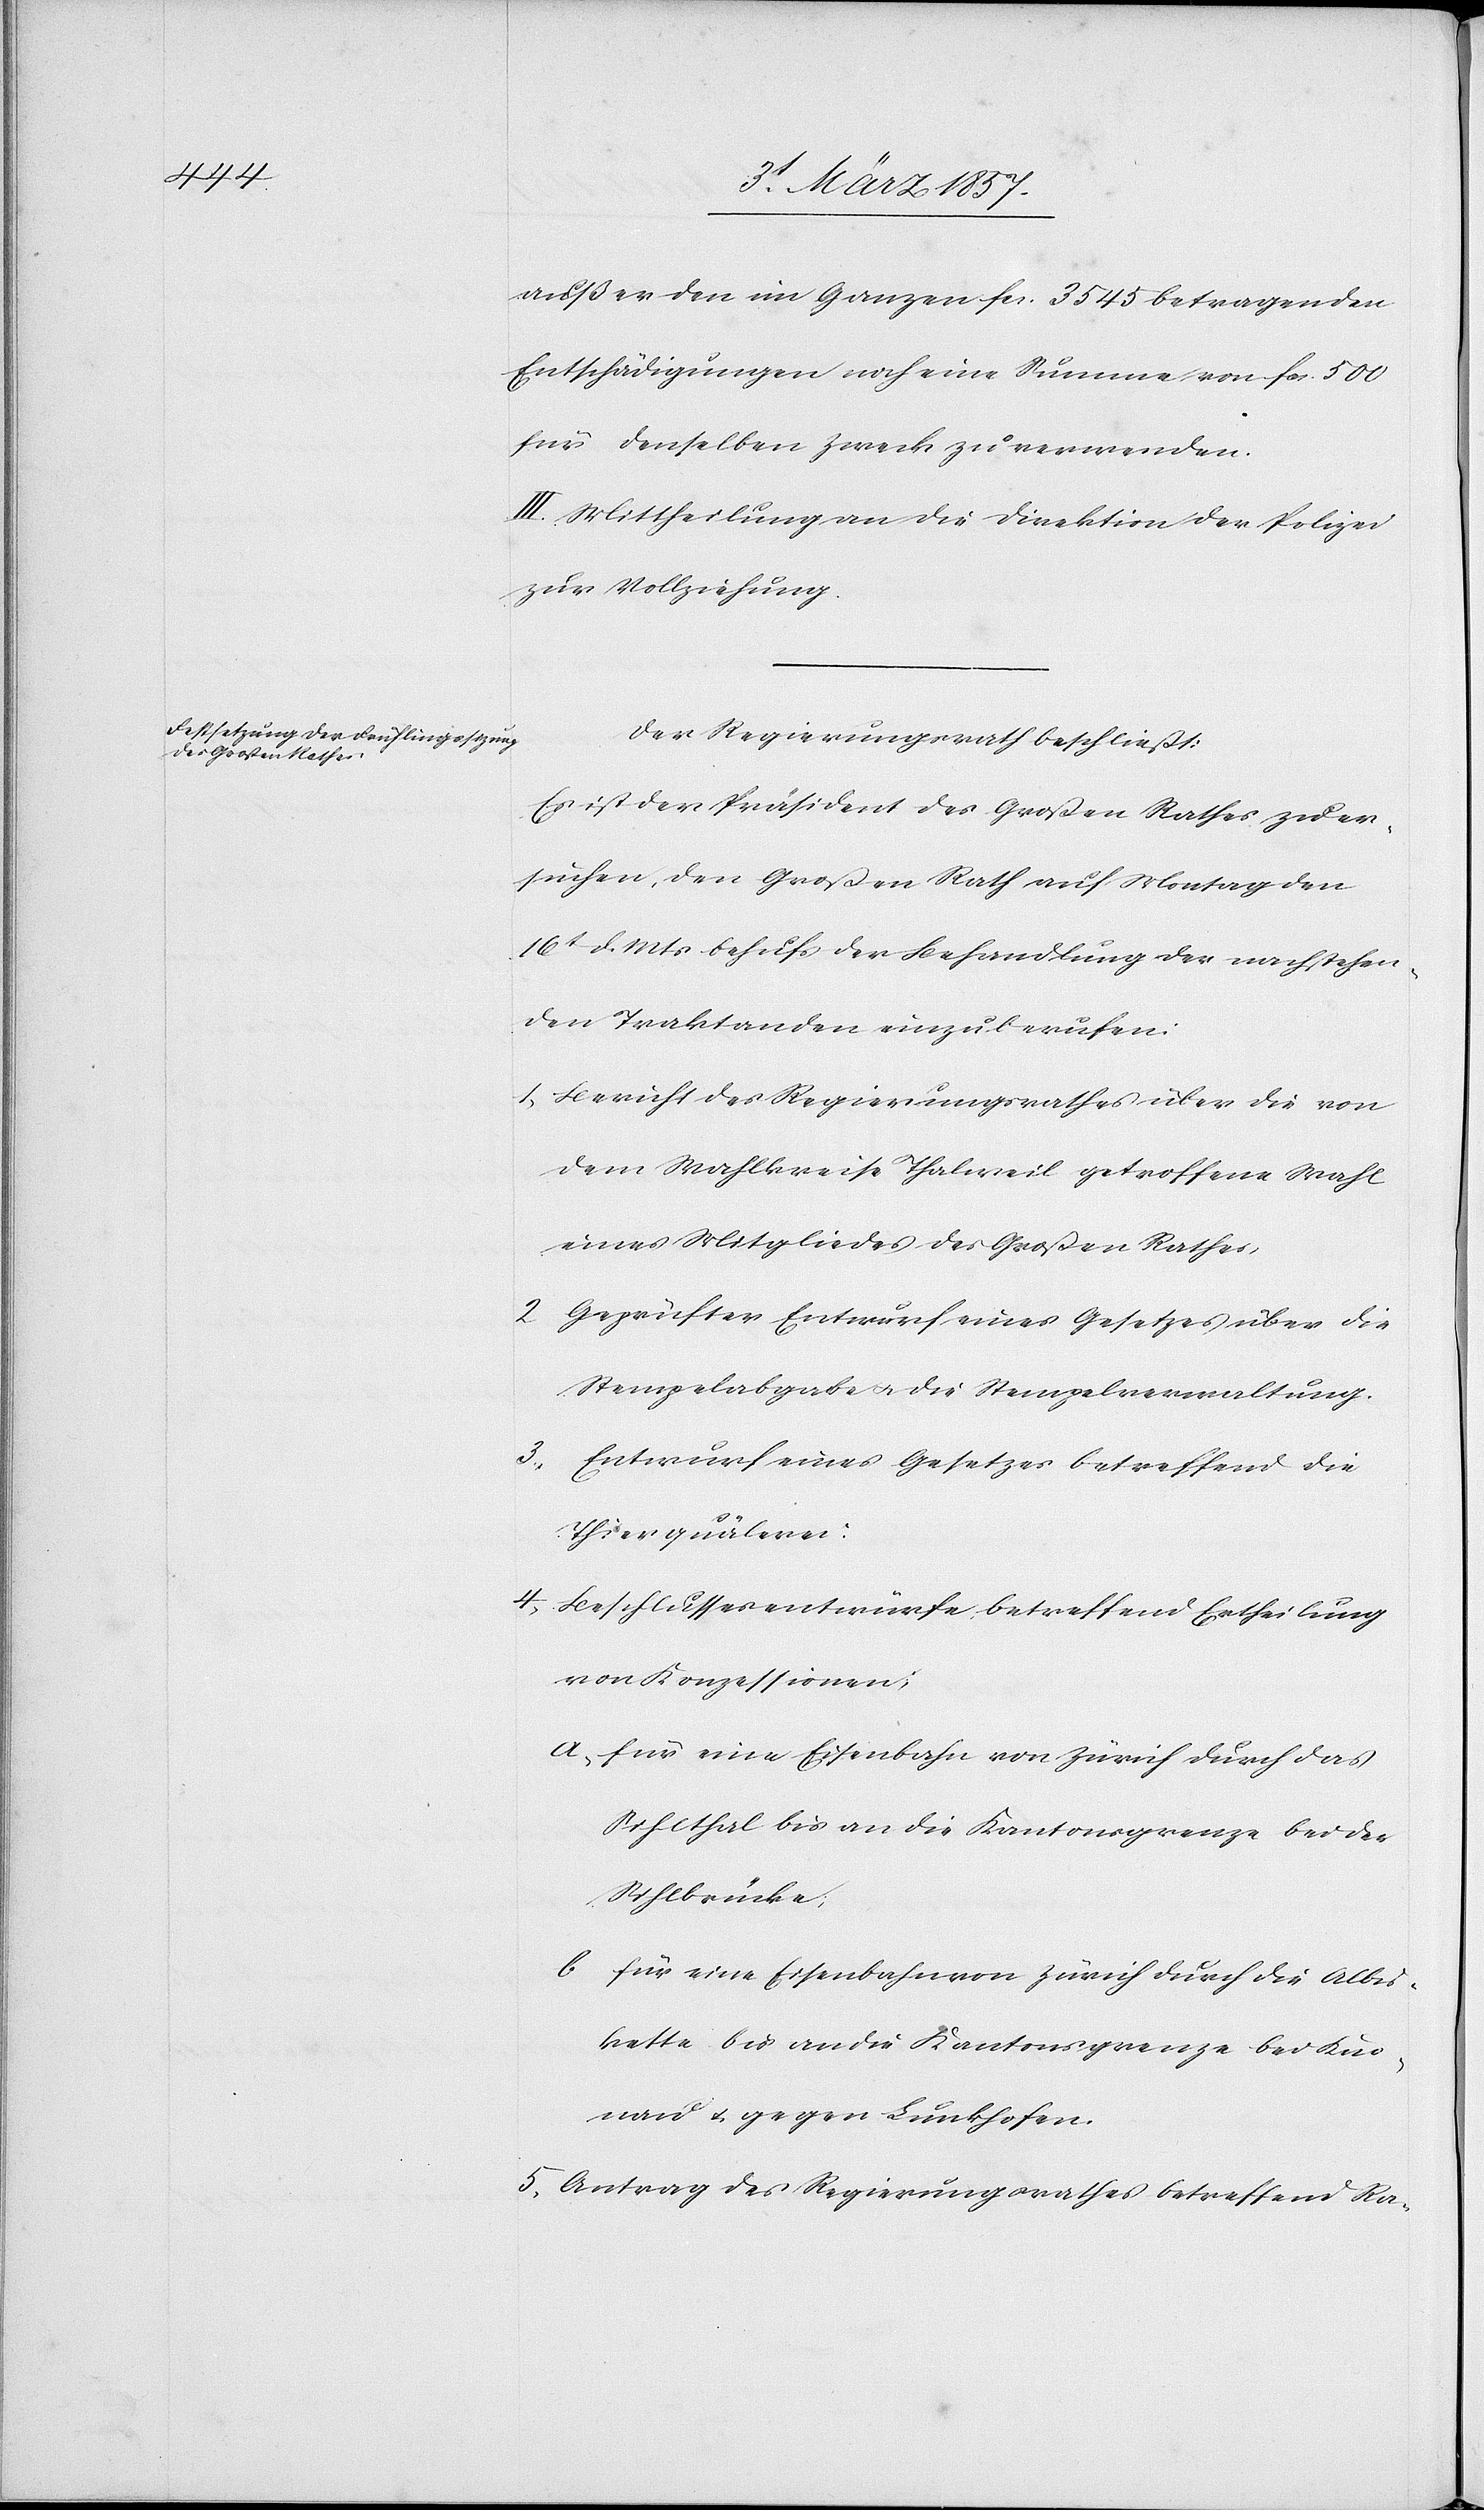
außer den im Ganzen fr. 3545 betragenden
Entschädigungen noch eine Summe von fr. 500
für denselben Zweck zu verwenden.
III. Mittheilung an die Direktion der Polizei
zur Vollziehung.
Der Regierungsrath beschließt:
Es ist der Präsident des Großen Rathes zu er¬
suchen, den Großen Rath auf Montag den
16t d. Mts behufs der Behandlung der nachstehen¬
den Traktanden einzuberufen:
1. Bericht des Regierungsrathes über die von
dem Wahlkreise Thalweil getroffene Wahl
eines Mitgliedes des Großen Rathes,
2. Geprüfter Entwurf eines Gesetzes über die
Stempelabgabe u. die Stempelverwaltung.
3. Entwurf eines Gesetzes betreffend die
Thierquälerei.
4. Beschlussesentwürfe betreffend Ertheilung
von Konzessionen;
a. für eine Eisenbahn von Zürich durch das
Sihlthal bis an die Kantonsgrenze bei der
Sihlbrücke;
b. für eine Eisenbahn von Zürich durch die Albis¬
kette bis an die Kantonsgrenze bei Kno¬
nau u. gegen Lunkhofen.
5. Antrag des Regierungsrathes betreffend Ra-